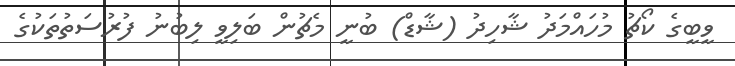
ވީބީގެ ކޯޗު މުހައްމަދު ޝާހިދު (ޝާޑް) ބުނީ މެޗުން ބަލިވީ ލިބުނު ފުރުސަތުތަކުގެ